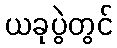
ယခုပွဲတွင်